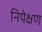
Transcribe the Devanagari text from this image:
निपेक्षण